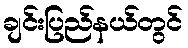
ချင်းပြည်နယ်တွင်